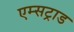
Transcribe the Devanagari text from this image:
एम्सट्राड